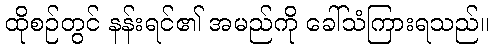
ထိုစဉ်တွင် နန်းရင်၏ အမည်ကို ခေါ်သံကြားရသည်။